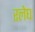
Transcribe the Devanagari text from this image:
रलेघ